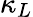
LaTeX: \kappa_{L}